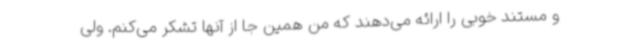
و مستند خوبی را ارائه می‌دهند که من همین جا از آنها تشکر می‌کنم. ولی